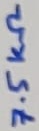
Text: 7.5KΩ